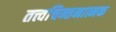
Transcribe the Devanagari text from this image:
तत्त्वचिन्तनात्मक